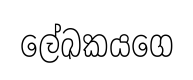
ලේඛකයගෙ